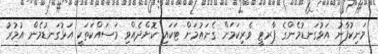
މަނިކުފާނު އަޅުގަނޑުމެންގެ ޕާރޓީ ވެރިކަމަށް ގެނައުމަށް ޓަކައި ކޮށްދެއްވި މަސައްކަތަކީ އަޅުގަނޑުމެން އުމުރު